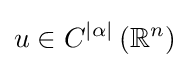
u\in C^{|\alpha |}\left(\mathbb {R} ^{n}\right)